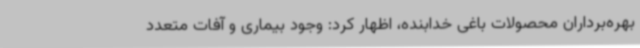
بهره‌برداران محصولات باغی خدابنده، اظهار کرد: وجود بیماری و آفات متعدد